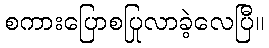
စကားပြောစပြုလာခဲ့လေပြီ။